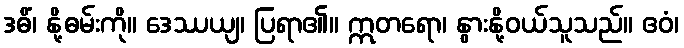
ဒဓိံ၊ နို့ဓမ်းကို။ ဒေဿယျ၊ ပြရာ၏။ ဣတရော၊ နွားနို့ဝယ်သူသည်။ ဧဝံ၊